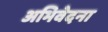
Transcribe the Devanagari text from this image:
अभिवेदना